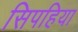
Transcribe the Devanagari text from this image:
सिपहिया